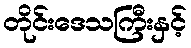
တိုင်းဒေသကြီးနှင့်